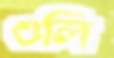
ওলি